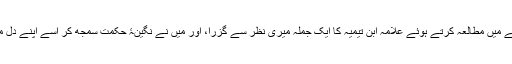
تراویح کے سلسلے میں مطالعہ کرتے ہوئے علامہ ابن تیمیہ کا ایک جملہ میری نظر سے گزرا، اور میں نے نگینۂ حکمت سمجھ کر اسے اپنے دل میں محفوظ کرلیا۔